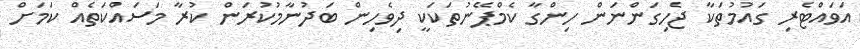
އަވައްޓެރި ގައުމުތަކާ ޖެހިގަންނަން ހިންގާ ކެމްޕޭނުތަކަކީ ދިވެހިން ބަދުނާމުކުރަން ކުރާ މަސައްކަތެއް ކަމަށް